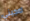
اعجبني